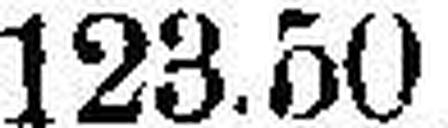
123.50